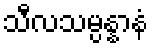
သီလသမ္ပန္နာနံ